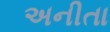
અનીતા